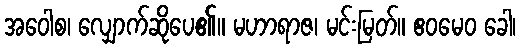
အဝေါစ၊ လျှောက်ဆိုပေ၏။ မဟာရာဇ၊ မင်းမြတ်။ ဧဝမေဝ ခေါ၊